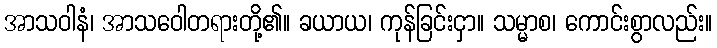
အာသဝါနံ၊ အာသဝေါတရားတို့၏။ ခယာယ၊ ကုန်ခြင်းငှာ။ သမ္မာစ၊ ကောင်းစွာလည်း။